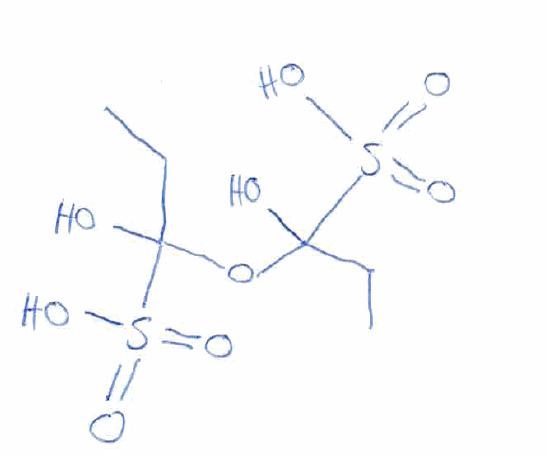
Simplified molecular-input line-entry system (SMILES) notation of the given molecule:
CCC(O)(OC(CC)(O)S(=O)(=O)O)S(=O)(=O)O